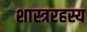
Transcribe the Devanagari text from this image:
शास्त्ररहस्य